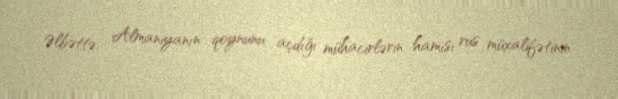
Əlbəttə, Almaniyanın qoynunu açdığı mühacirlərin hamısı rus müxalifətinin